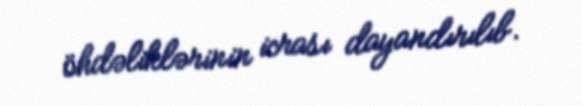
öhdəliklərinin icrası dayandırılıb.